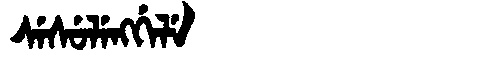
Manchu: ᠰᡝᠰᡠᠯᡝᠩᡤᡝᠯᡝ
Romanization: SESULENGGELE